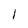
Character: 1